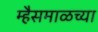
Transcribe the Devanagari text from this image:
म्हैसमाळच्या